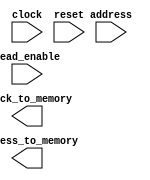
module ControladorMemoria (address, read_enable, clock, reset, address_to_memory, clock_to_memory);

input clock, reset, read_enable;
input [15:0] address;
output [15:0] address_to_memory;
output clock_to_memory;

// Implementar uma FSM (veja desenho que fiz na ltima aula) que fique no estado Inativo at que receba um sinal read_enable
// Aps read_enable, a FSM aciona a Memria atravs dos sinais address_to_memory e clock_to_memory

endmodule